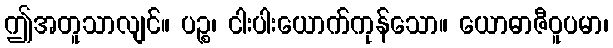
ဤအတူသာလျင်။ ပဉ္စ၊ ငါးပါးယောက်ကုန်သော။ ယောဓာဇီဝူပမာ၊